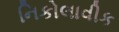
નિકોલાવીક